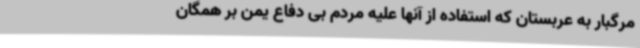
مرگبار به عربستان که استفاده از آنها علیه مردم بی دفاع یمن بر همگان